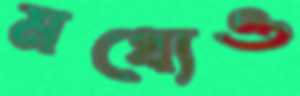
মধ্যেও